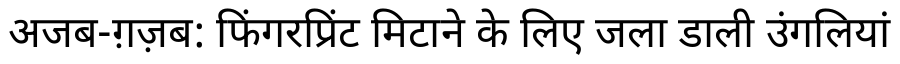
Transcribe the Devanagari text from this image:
अजब-ग़ज़ब: फिंगरप्रिंट मिटाने के लिए जला डाली उंगलियां